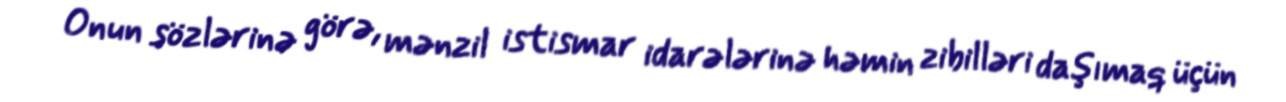
Onun sözlərinə görə, mənzil istismar idarələrinə həmin zibilləri daşımaq üçün